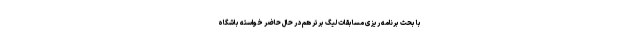
با بحث برنامه ریزی مسابقات لیگ برتر هم در حال حاضر خواسته باشگاه